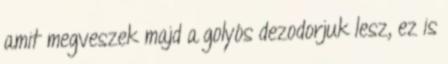
amit megveszek majd a golyós dezodorjuk lesz, ez is